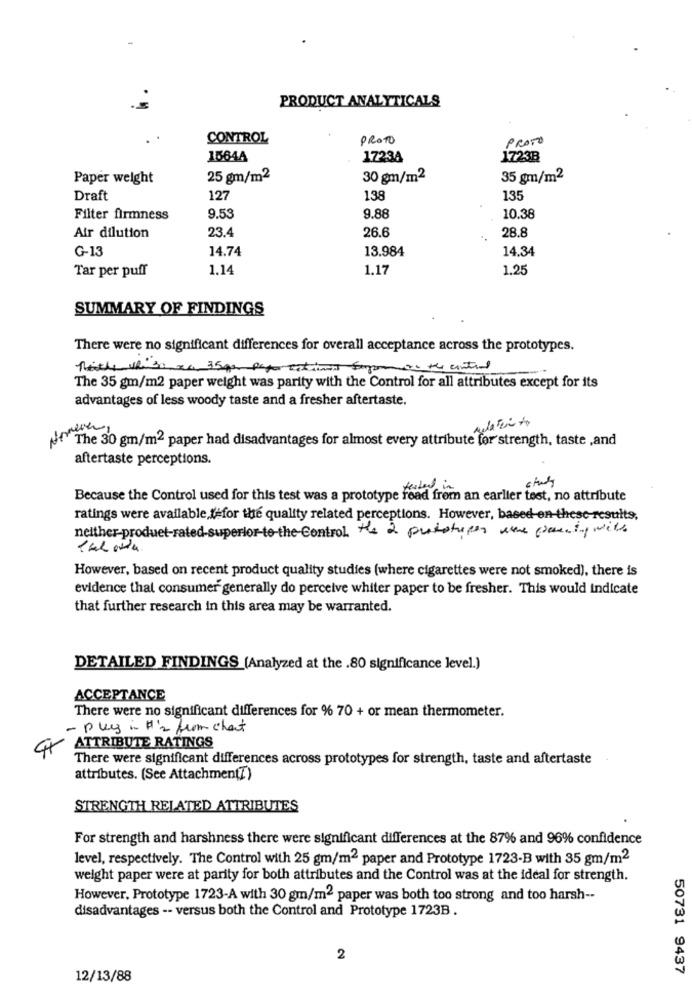
PRODUCT ANALYTICALS
CONTROL
PROTO
PROTO
1564A
17234
1723B
Paper weight
25 gm/m2
30 gm/m2
35 gm/m2
Draft
127
138
135
Filter firmness
9.53
9.88
10.38
23.4
26.6
28.8
Air dilution
G-13
14.74
13.984
14.34
Tar per puff
1.14
1.17
1.25
SUMMARY OF FINDINGS
There were no significant differences for overall acceptance across the prototypes.
hatle hiso ro 35gr paper estimes Supomos the control
The 35 gm/m2 paper weight was parity with the Control for all attributes except for its
advantages of less woody taste and a fresher aftertaste.
The 30 gm/m2 paper had disadvantages for almost every attribute for strength, taste ,and
aftertaste perceptions.
chudy
Because the Control used for this test was a prototype read from an earlier test, no attribute
ratings were available, lefor the quality related perceptions. However, based-en-thesc-results,
neither-product-rated-superior-to-the-Control the 2 prototipos were party with
However, based on recent product quality studies (where cigarettes were not smoked), there is
evidence that consumer generally do perceive whiter paper to be fresher. This would indicate
that further research in this area may be warranted.
DETAILED FINDINGS (Analyzed at the .80 significance level.)
ACCEPTANCE
There were no significant differences for % 70 + or mean thermometer.
- ply in H's from chat
ATTRIBUTE RATINGS
There were significant differences across prototypes for strength, taste and aftertaste
attributes. (See Attachment])
STRENGTH RELATED ATTRIBUTES
For strength and harshness there were significant differences at the 87% and 96% confidence
level, respectively. The Control with 25 gm/m2 paper and Prototype 1723-B with 35 gm/m2
weight paper were at parity for both attributes and the Control was at the ideal for strength.
However, Prototype 1723-A with 30 gm/m2 paper was both too strong and too harsh --
disadvantages -- versus both the Control and Prototype 1723B .
2
50731 9437
12/13/88